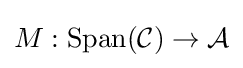
M:{\text{Span}}({\mathcal {C}})\to {\mathcal {A}}